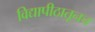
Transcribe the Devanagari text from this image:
विद्यापीठातूनच